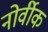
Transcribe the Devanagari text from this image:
नोर्वीक